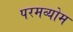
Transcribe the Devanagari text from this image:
परमव्योम